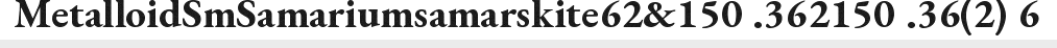
MetalloidSmSamariumsamarskite62&150 .362150 .36(2) 6